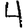
Digit: 4